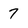
Character: 7